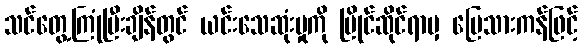
သင်တွေ့ကြုံပြီးချိန်တွင် ယင်းသေဆုံးမှုကို ပြိုင်ဆိုင်ရာမှ မြေသားကန်ဖြင့်